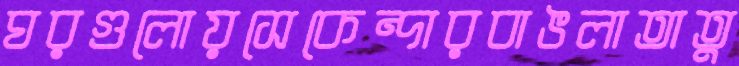
ঘরগুলোয়সেকেন্দারবাঙলাতাতু